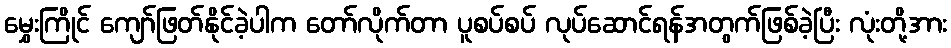
မွှေးကြိုင် ကျော်ဖြတ်နိုင်ခဲ့ပါက တော်လိုက်တာ ပူစပ်စပ် လုပ်ဆောင်ရန်အတွက်ဖြစ်ခဲ့ပြီး လုံးတို့အား